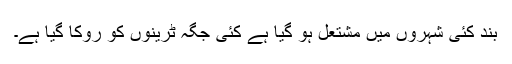
بند کئی شہروں میں مشتعل ہو گیا ہے کئی جگہ ٹرینوں کو روکا گیا ہے۔